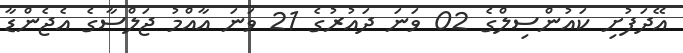
އޭދަފުށި ކައުންސިލްގެ 02 ވަނަ ދައުރުގެ 21 ވަނަ އާއްމު ޖަލްސާގެ އެޖެންޑާ